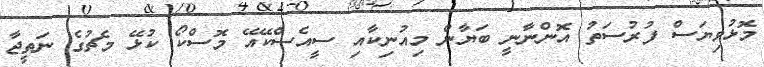
މޮޅުވިޔަސް ފުރުސަތު އޮންނާނީ ބަޔާން މިއުނިކާއި ސީއެސްކޭއޭ މޮސްކޯ ކުޅޭ މެޗުގެ ނަތީޖާ